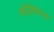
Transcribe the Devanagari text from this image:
मोलियेरला